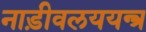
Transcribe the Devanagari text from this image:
नाड़ीवलययन्त्र